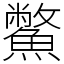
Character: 鱉